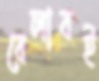
বেলাবই